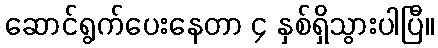
ဆောင်ရွက်ပေးနေတာ ၄ နှစ်ရှိသွားပါပြီ။